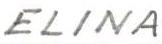
ELINA